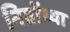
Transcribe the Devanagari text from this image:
निग्रोंच्या